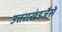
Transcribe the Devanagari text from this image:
उत्तराखंडजैसे